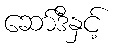
ဆော်ဒီနှင့်